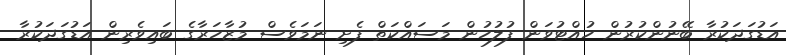
އަޑުގަދަކުރާ ބޭނުންކުރުން ހުއްޓުވަން ފުލުހުން މަސައްކަތް ފެށި ނަމަވެސް މުޒާހަރާގެ ބައިވެރިން އަޑުގަދަކުރާ